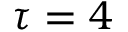
\tau = 4